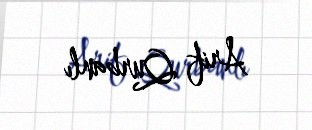
Arif Qurbanlı